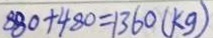
8 8 0 + 4 8 0 = 1 3 6 0 ( k g )